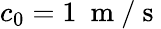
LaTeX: c_{0}=1~\mathrm{~m~/~s~}